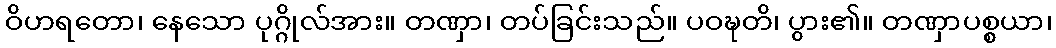
ဝိဟရတော၊ နေသော ပုဂ္ဂိုလ်အား။ တဏှာ၊ တပ်ခြင်းသည်။ ပဝဍ္ဎတိ၊ ပွား၏။ တဏှာပစ္စယာ၊